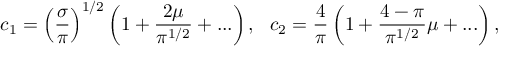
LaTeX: c _ { 1 } = \left( \frac { \sigma } { \pi } \right) ^ { 1 / 2 } \left( 1 + \frac { 2 \mu } { \pi ^ { 1 / 2 } } + . . . \right) , ~ ~ c _ { 2 } = \frac { 4 } { \pi } \left( 1 + \frac { 4 - \pi } { \pi ^ { 1 / 2 } } \mu + . . . \right) ,